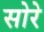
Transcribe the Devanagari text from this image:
सोरे